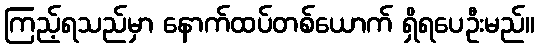
ကြည့်ရသည်မှာ နောက်ထပ်တစ်ယောက် ရှိရပေဦးမည်။